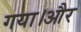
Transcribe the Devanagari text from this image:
गया।और